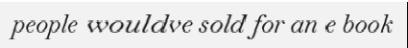
people wouldve sold for an e book